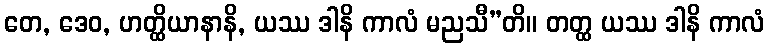
တေ, ဒေဝ, ဟတ္ထိယာနာနိ, ယဿ ဒါနိ ကာလံ မညသီ”တိ။ တတ္ထ ယဿ ဒါနိ ကာလံ